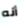
أنه